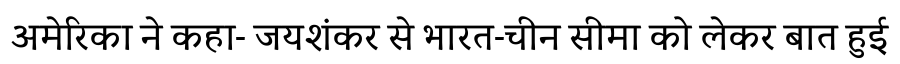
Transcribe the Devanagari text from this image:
अमेरिका ने कहा- जयशंकर से भारत-चीन सीमा को लेकर बात हुई